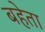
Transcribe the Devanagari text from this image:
बहेता